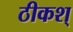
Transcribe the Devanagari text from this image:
ठीकश्